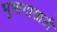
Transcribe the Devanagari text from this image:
भूभागासाठी